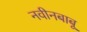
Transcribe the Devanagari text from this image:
नवीनबाबू